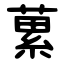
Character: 蔂